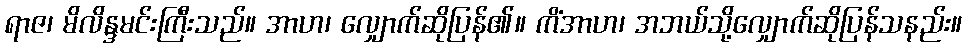
ရာဇ၊ မိလိန္ဒမင်းကြီးသည်။ အာဟ၊ လျှောက်ဆိုပြန်၏။ ကိံအာဟ၊ အဘယ်သို့လျှောက်ဆိုပြန်သနည်း။